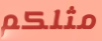
مثلكم